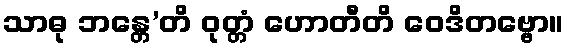
သာဓု ဘန္တေ’တိ ဝုတ္တံ ဟောတီတိ ဝေဒိတဗ္ဗော။